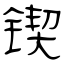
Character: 锲